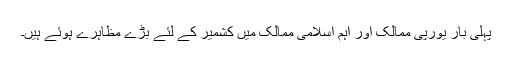
پہلی بار یورپی ممالک اور اہم اسلامی ممالک میں کشمیر کے لئے بڑے مظاہرے ہوئے ہیں۔